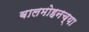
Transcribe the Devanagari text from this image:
बालमोहनच्या